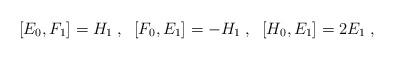
LaTeX: \begin{align*}[E_{0},F_{1}] = H_{1}\;,\; \; [F_{0},E_{1}] = -H_{1}\;,\; \; [H_{0},E_{1}]= 2E_{1}\;,\end{align*}